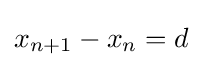
x_{n+1}-x_{n}=d